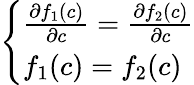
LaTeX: \begin{array}{r}{\left\{ \begin{array}{ll}{\frac{\partial f_{1}(c)}{\partial c}=\frac{\partial f_{2}(c)}{\partial c}}\\ {f_{1}(c)=f_{2}(c)}\end{array}\right.}\end{array}